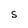
Character: S